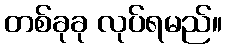
တစ်ခုခု လုပ်ရမည်။